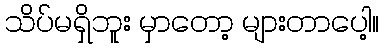
သိပ်မရှိဘူး မှာတော့ များတာပေါ့။